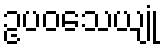
ဥပဝသေယျုံ